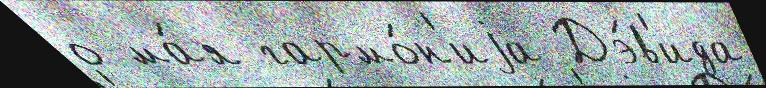
о ма́я гармо́н'иjа Дэ́в'ида